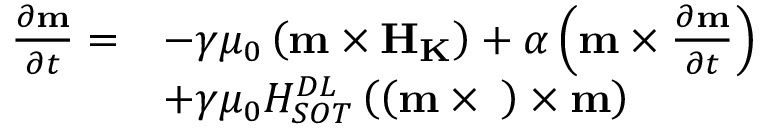
\begin{array} { l l } { \frac { { \partial } { \bf { m } } } { { \partial } t } = } & { - \gamma { \mu } _ { 0 } \left( { \bf { m } } \times { \bf { { H } } } _ { \bf { { K } } } \right) + \alpha \left( { \bf { m } } \times \frac { { \partial } { \bf { m } } } { { \partial } t } \right) } \\ & { + \gamma { \mu } _ { 0 } H _ { { S O T } } ^ { { D L } } \left( \left( { \bf { m } } \times { \bf { \sigma } } \right) \times { \bf { m } } \right) } \end{array}